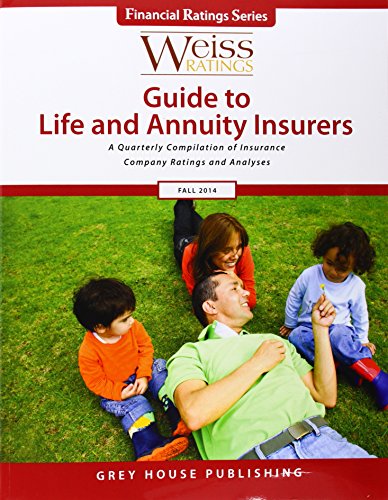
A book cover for Weiss Ratings' Guide to Life and Annuity Insurers Fall 2014: A Quarterly Compilation of Insurance Company Ratings and Analyses (Weiss Ratings Guide to Life & Annuity Insurers); Business & Money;